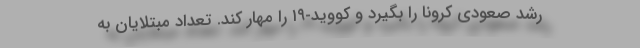
رشد صعودی کرونا را بگیرد و کووید-۱۹ را مهار کند. تعداد مبتلایان به